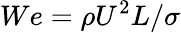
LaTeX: We=\rho U^{2}L/\sigma